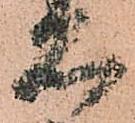
石